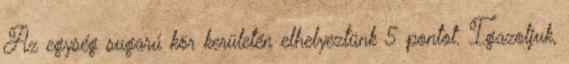
Az egység sugarú kör kerületén elhelyeztünk 5 pontot. Igazoljuk,